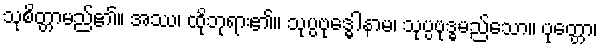
သုစိတ္တာမည်၏။ အဿ၊ ထိုဘုရား၏။ သုပ္ပဗုဒ္ဓေါနာမ၊ သုပ္ပဗုဒ္ဓမည်သော။ ပုတ္တော၊